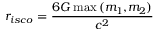
r _ { i s c o } = \frac { 6 G \operatorname* { m a x } { ( m _ { 1 } , } { m _ { 2 } ) } } { c ^ { 2 } }